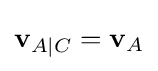
\mathbf {v} _{A|C}=\mathbf {v} _{A}